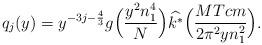
LaTeX: \begin{align*}q_j(y)= y^{-3j - \frac{4}{3}}g\Big(\frac{y^2 n_1^4}{N}\Big)\widehat{k^*}\Big(\frac{MTcm}{2\pi^2yn_1^2}\Big).\end{align*}